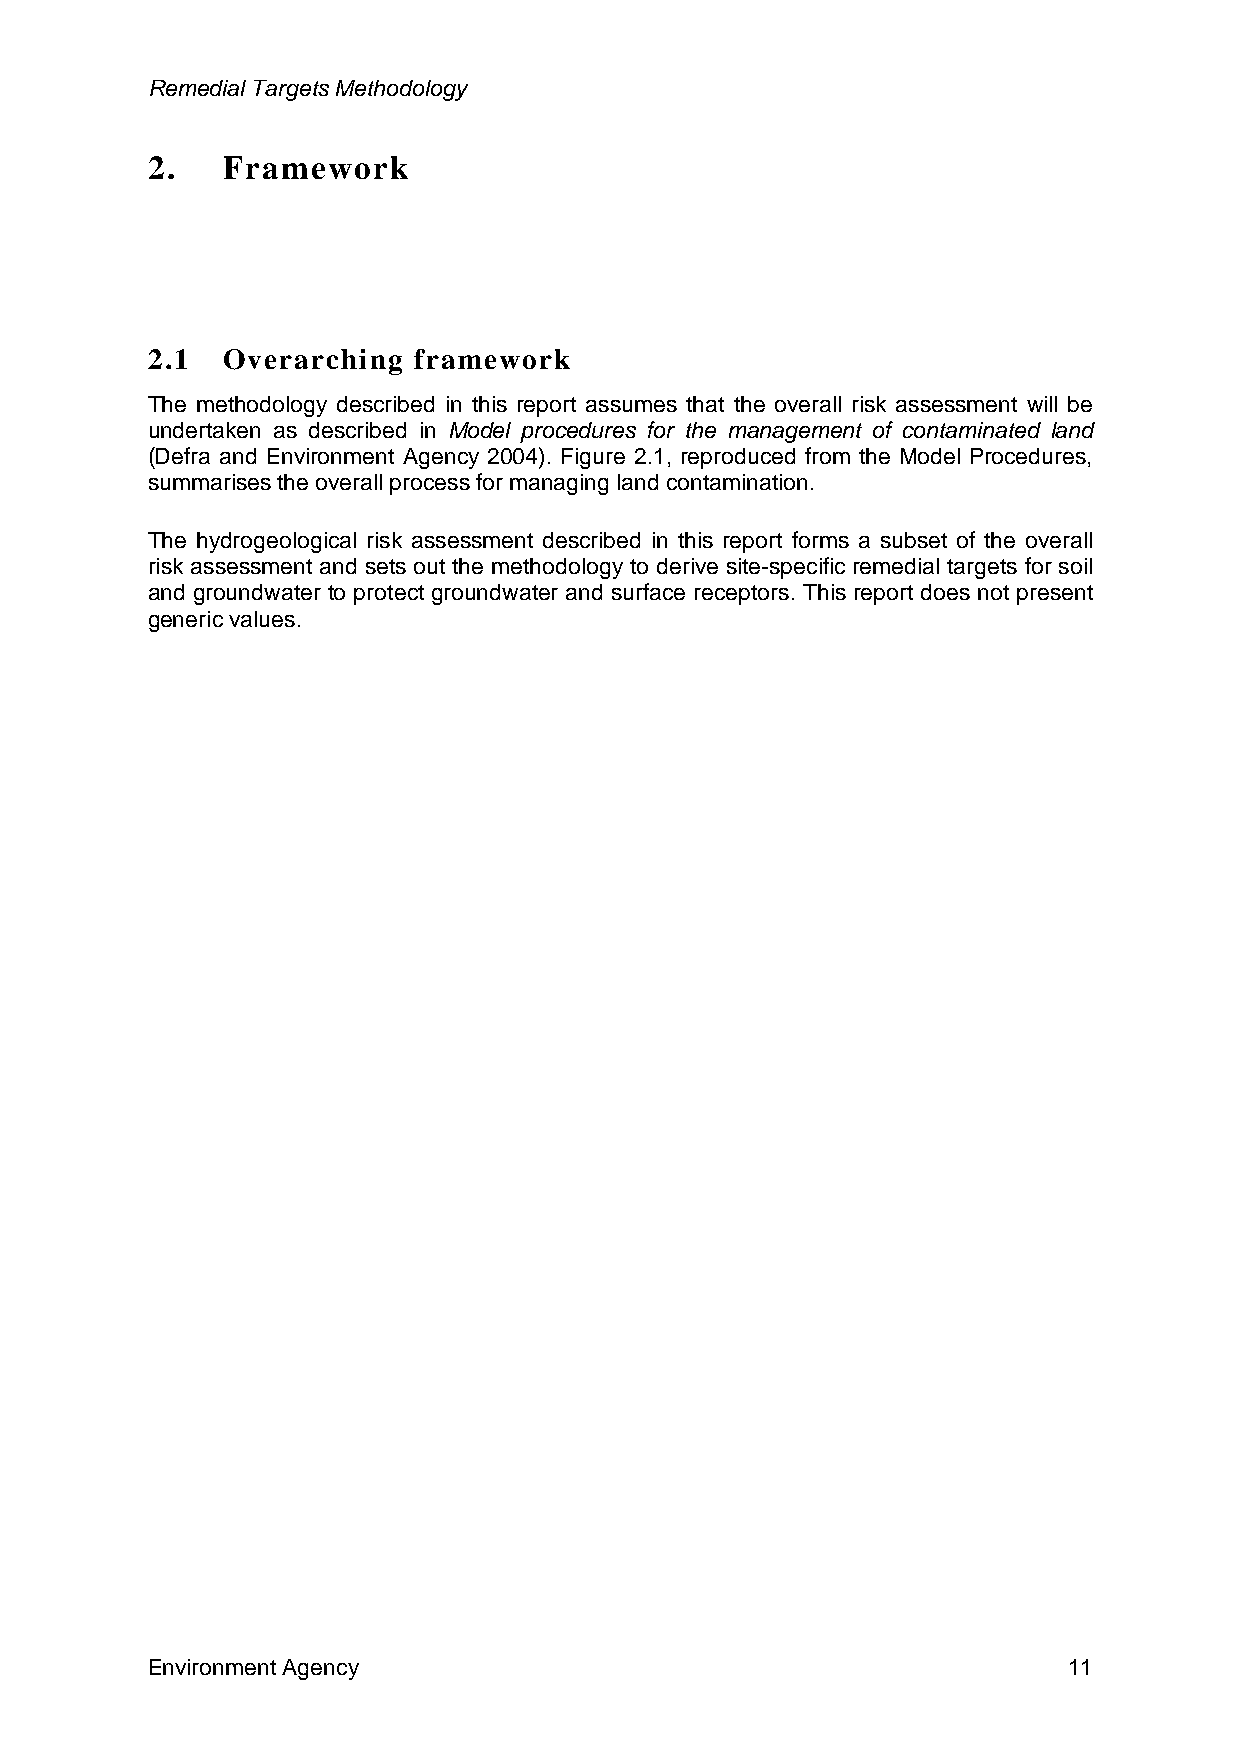
Remedial Targets Methodology
 2.   Framework
 2.1  Overarching framework
 The methodology described in this report assumes that the overall risk assessment will be
 undertaken as described in Model procedures for the management of contaminated land
 (Defra and Environment Agency 2004). Figure 2.1, reproduced from the Model Procedures,
 summarises the overall process for managing land contamination.
 The hydrogeological risk assessment described in this report forms a subset of the overall
 risk assessment and sets out the methodology to derive site-specific remedial targets for soil
 and groundwater to protect groundwater and surface receptors. This report does not present
 generic values.
 Environment Agency                                           11